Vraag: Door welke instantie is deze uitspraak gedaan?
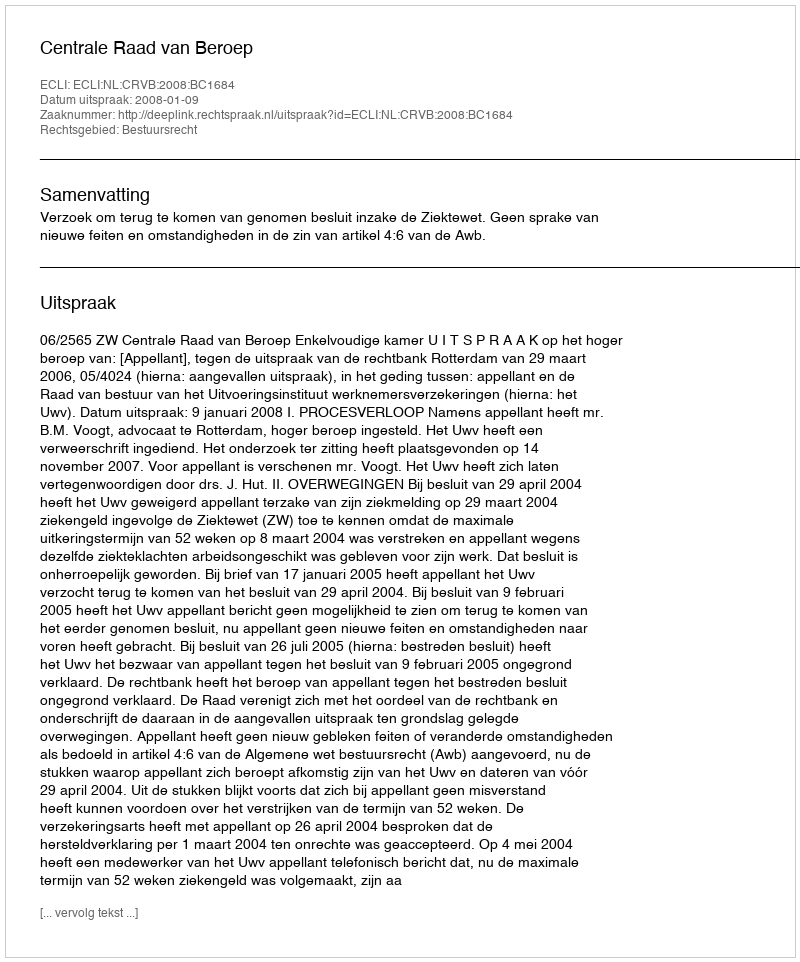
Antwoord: Centrale Raad van Beroep